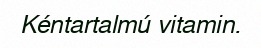
Kéntartalmú vitamin.